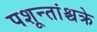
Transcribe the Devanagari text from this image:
पशून्तांश्चक्रे